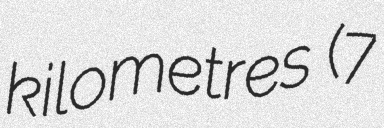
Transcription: kilometres (7